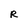
Character: R